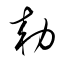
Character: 勅